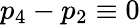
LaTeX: p_{4}-p_{2}\equiv 0